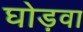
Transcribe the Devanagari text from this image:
घोड़वा